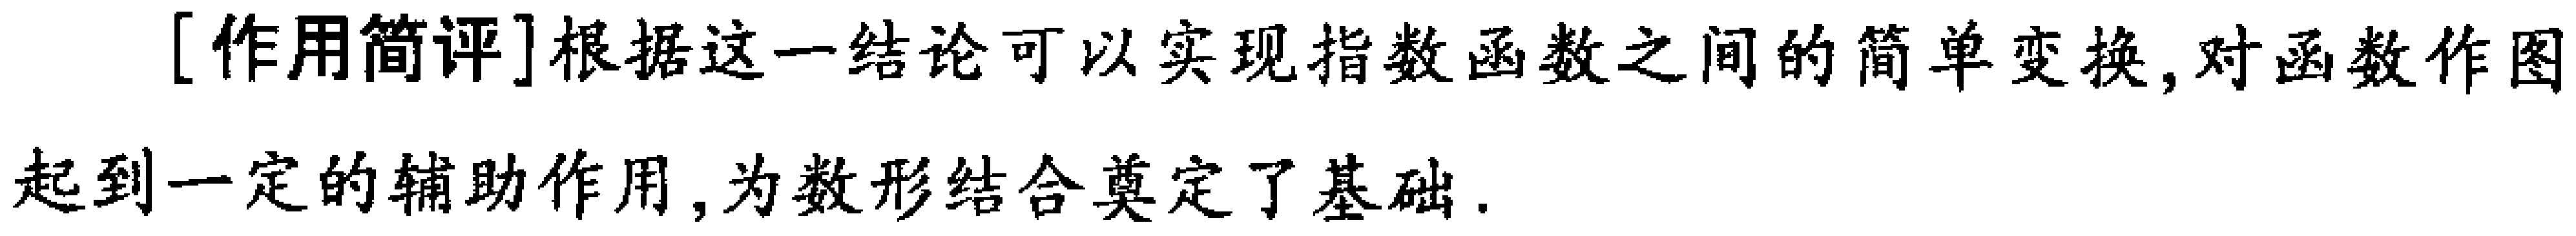
[作用简评]根据这一结论可以实现指数函数之间的简单变换, 对函数作图起到一定的辅助作用, 为数形结合奠定了基础.